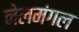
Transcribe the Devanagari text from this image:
नेलमंगल